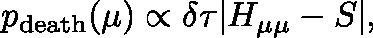
p _ { \mathrm { d e a t h } } ( \mu ) \propto \delta \tau | H _ { \mathbf { \mu \mu } } - S | ,